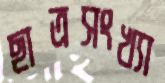
ছাত্রসংখ্যা